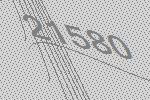
21580